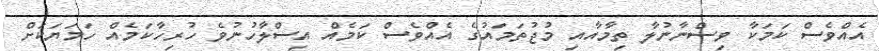
އެއްވެސް ކަމަކާ ވިސްނާނުލާ ތިމާއާއި މުޖުތަމައުގެ އެއްވެސް ކަމެއް އިސްލާހުނުވެ ހުރިހާކަމެއް ހަމަޔަކަށް